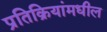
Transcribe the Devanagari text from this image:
प्रतिक्रियांमधील